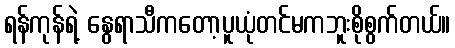
ရန်ကုန်ရဲ့ နွေရာသီကတော့ပူယုံတင်မကဘူးစိုစွက်တယ်။